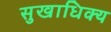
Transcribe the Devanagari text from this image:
सुखाधिक्य